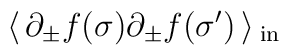
\:\langle\, \partial_{\pm }f(\sigma)\partial_{\pm }f(\sigma')\, \rangle \,_{\rm{in}}\: